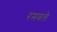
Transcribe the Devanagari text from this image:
रमवले